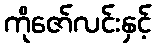
ကိုဇော်လင်းနှင့်